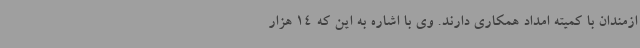
ازمندان با کمیته امداد همکاری دارند. وی با اشاره به این که 14 هزار